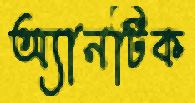
অ্যানটিক